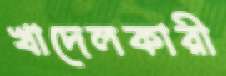
খাদেলকারী